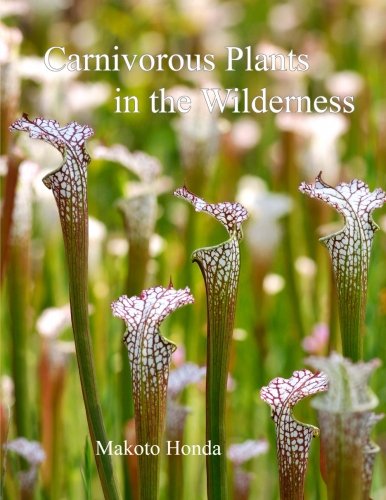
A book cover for Carnivorous Plants in the Wilderness; Makoto Honda; Arts & Photography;